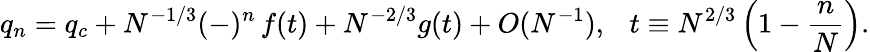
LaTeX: q_{n}=q_{c}+N^{-1/3}(-)^{n}\, f(t)+N^{-2/3}g(t)+O(N^{-1}),\ \ \ t\equiv N^{2/3}\left(1-\frac{n}{N}\right).